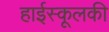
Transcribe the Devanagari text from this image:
हाईस्कूलकी